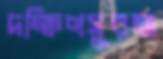
দক্ষিণসুরমা